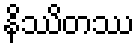
နိဿိတဿ